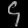
Digit: ၄